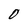
Character: 0